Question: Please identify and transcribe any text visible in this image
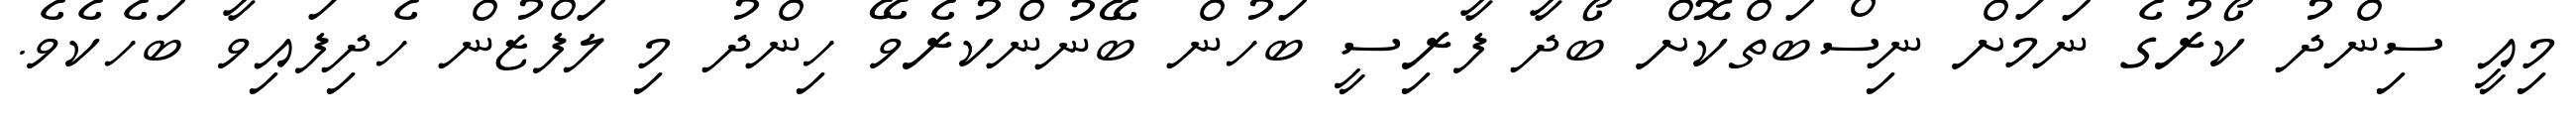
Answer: މިއީ ސިންދު ކޯރުގެ ނަމަށް ނިސްބަތްކޮށް ބޯދާ ފާރިސީ ބަހުން ބޭނުންކުރެވޭ ހިންދު މި ލަފްޒުން ހެދިފައިވާ ބަހެކެވެ.